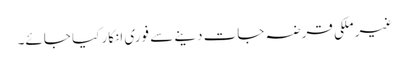
غیر ملکی قرضہ جات دینے سے فوری انکار کیا جائے۔